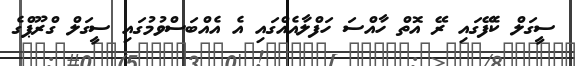
ސީގަލް ކެފޭގައި ރޭ އޮތް ހާއްސަ ހަފްލާއެއްގައި އެ އެއްބަސްވުމުގައި ސީގަލް ގްރޫޕްގެ